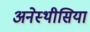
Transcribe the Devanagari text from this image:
अनेस्थीसिया